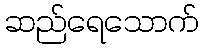
ဆည်ရေသောက်